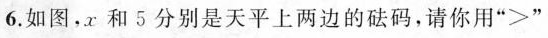
6.如图，x和5分别是天平上两边的砝码，请你用 “＞”